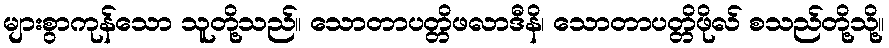
များစွာကုန်သော သူတို့သည်။ သောတာပတ္တိဖလာဒီနိ၊ သောတာပတ္တိဖိုလ် စသည်တို့သို့။